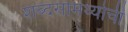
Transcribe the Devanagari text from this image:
शब्दसामर्थ्याची